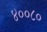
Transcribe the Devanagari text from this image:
४००८०